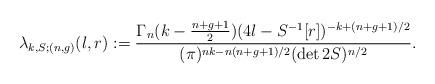
LaTeX: \begin{align*} \lambda_{k,S; (n,g)}(l,r):=\frac{ \Gamma_n(k-\frac{n+g+1}{2}) (4l-S^{-1}[r])^{-k+(n+g+1)/2} }{ (\pi)^{nk-n(n+g+1)/2} (\det 2S)^{n/2}}.\end{align*}